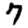
Digit: 7